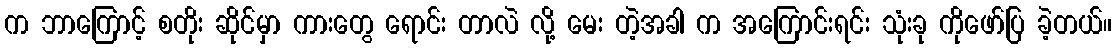
က ဘာကြောင့် စတိုး ဆိုင်မှာ ကားတွေ ရောင်း တာလဲ လို့ မေး တဲ့အခါ က အကြောင်းရင်း သုံးခု ကိုဖော်ပြ ခဲ့တယ်။